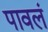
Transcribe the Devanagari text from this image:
पावलं